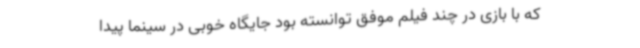
که با بازی در چند فیلم موفق توانسته بود جایگاه خوبی در سینما پیدا